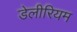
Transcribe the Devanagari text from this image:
डेलीरियम